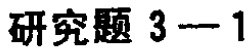
研究题 3---1